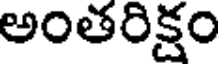
అంతరిక్షం